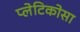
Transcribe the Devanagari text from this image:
प्लेटिकोसा